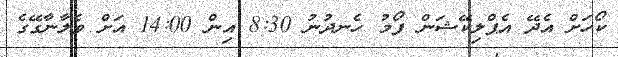
ކޯހަށް އެދޭ އެޕްލިކޭޝަން ފޯމު ހެނދުނު 8:30 އިން 14:00 އަށް ވެލާނާގޭގެ